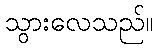
သွားလေသည်။